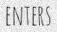
ENTERS